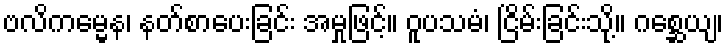
ဗလိကမ္မေန၊ နတ်စာပေးခြင်း အမှုဖြင့်။ ဝူပသမံ၊ ငြိမ်းခြင်းသို့။ ဂစ္ဆေယျ၊